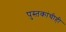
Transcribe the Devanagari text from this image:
पुस्तकांचीही